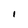
Character: l